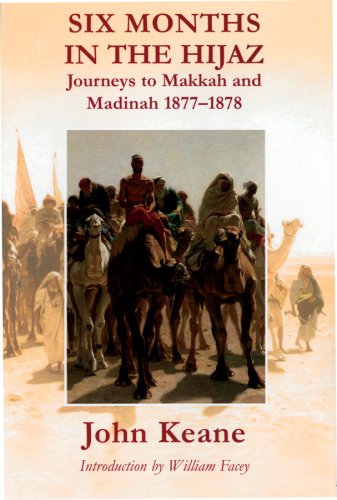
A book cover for Six Months in the Hijaz: Journeys to Makkah And Madinah 1877-1878; John F. T. Keane; Travel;